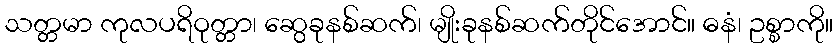
သတ္တမာ ကုလပရိဝုတ္တာ၊ ဆွေခုနစ်ဆက်၊ မျိုးခုနစ်ဆက်တိုင်အောင်။ ဓနံ၊ ဥစ္စာကို။